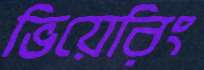
ভিয়েরিং